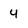
Character: 4